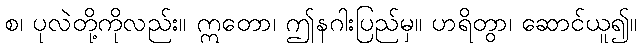
စ၊ ပုလဲတို့ကိုလည်း။ ဣတော၊ ဤနဂါးပြည်မှ။ ဟရိတွာ၊ ဆောင်ယူ၍။